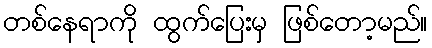
တစ်နေရာကို ထွက်ပြေးမှ ဖြစ်တော့မည်။